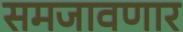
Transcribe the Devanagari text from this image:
समजावणार